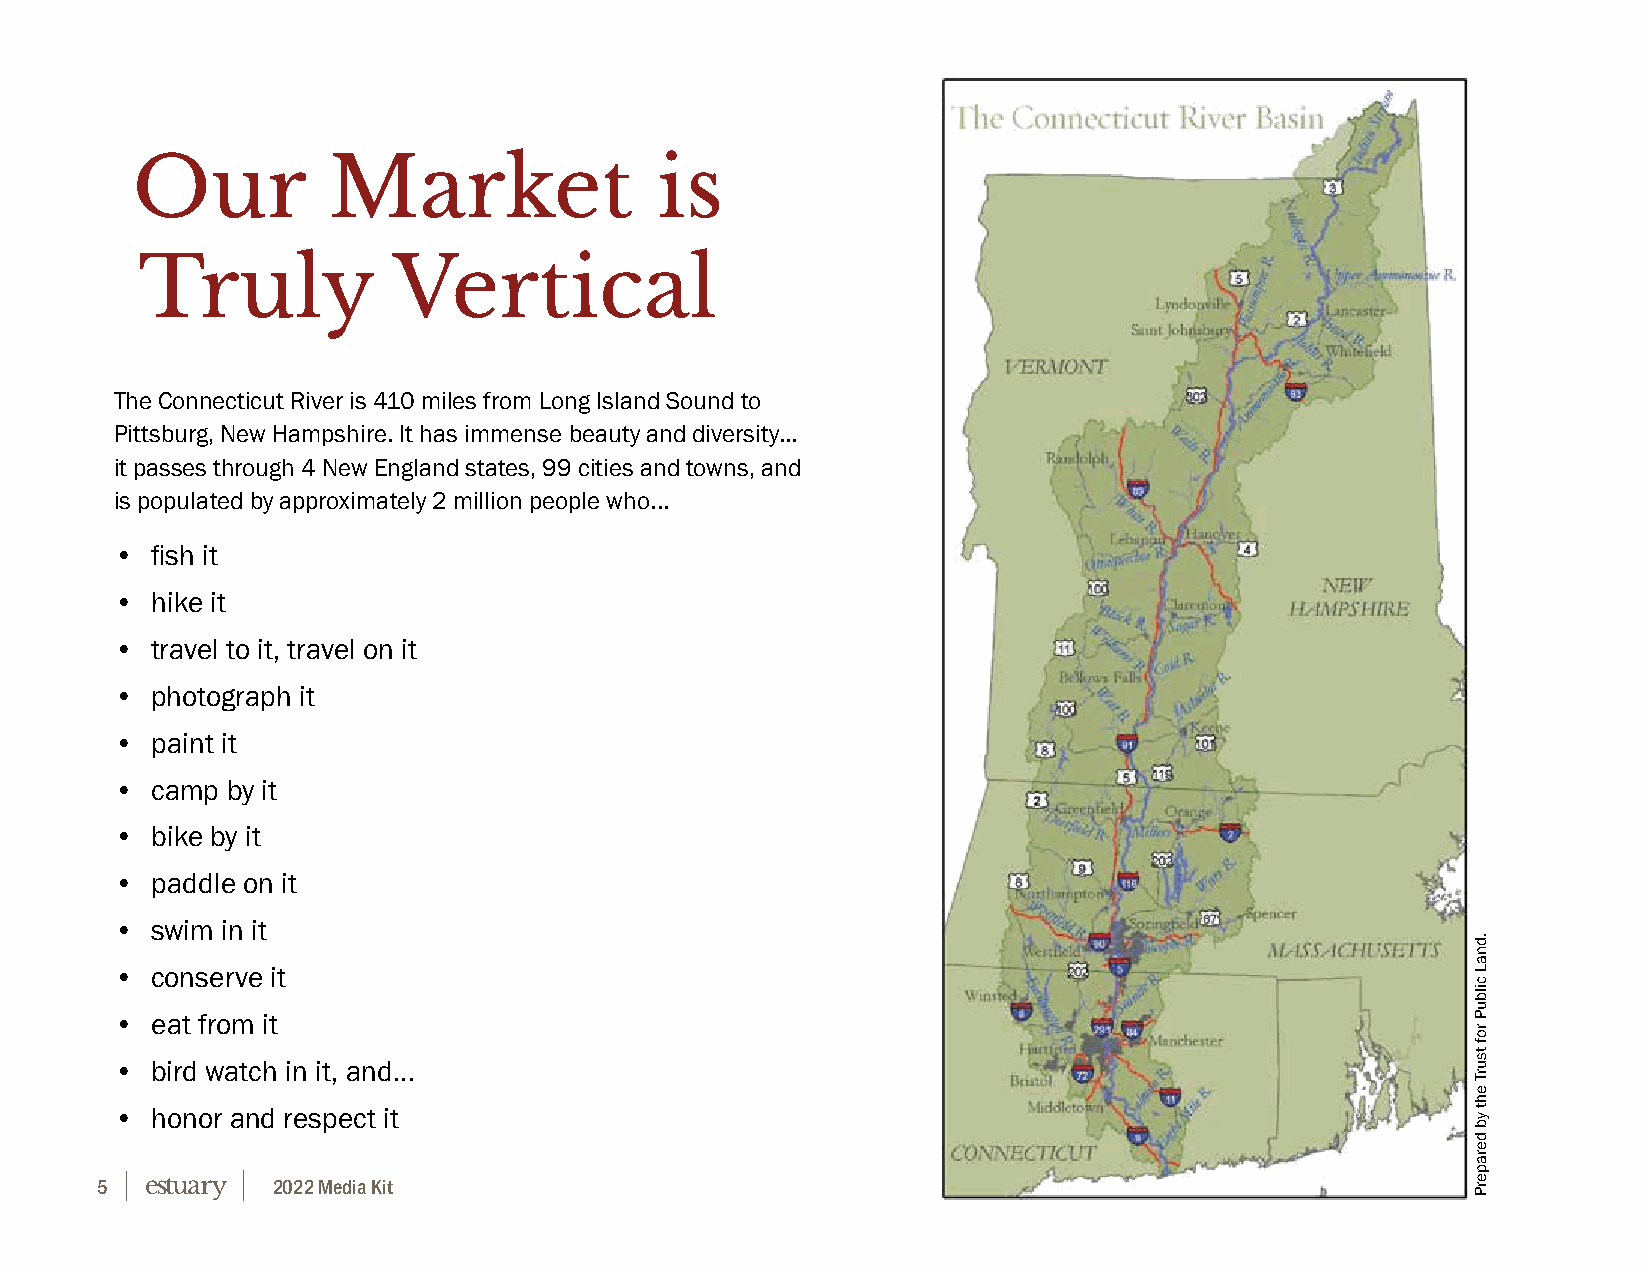
Our          Market               is
 Truly            Vertical
 The Connecticut River is 410 miles from Long Island Sound to
 Pittsburg, New Hampshire. It has immense beauty and diversity...
 it passes through 4 New England states, 99 cities and towns, and
 is populated by approximately 2 million people who...
 • fish it
 • hike it
 • travel to it, travel on it
 • photograph it
 • paint it
 • camp by it
 • bike by it
 • paddle on it
 • swim in it
 • conserve it
 • eat from it
 • bird watch in it, and...
 • honor and respect it
 5           2022 Media Kit
 .dnaL
 cilbuP
 rof
 tsurT
 eht
 yb
 deraperP